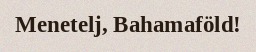
Menetelj, Bahamaföld!